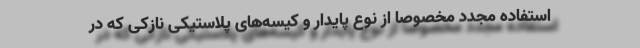
استفاده مجدد مخصوصا از نوع پایدار و کیسه‌های پلاستیکی نازکی که در